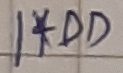
Text: 1*DD